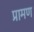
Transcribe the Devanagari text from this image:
प्रामण